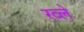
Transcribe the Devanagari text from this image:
रव्ले